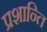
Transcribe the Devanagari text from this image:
प्रशान्ति